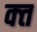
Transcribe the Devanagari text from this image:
क्‍त